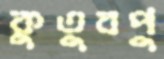
কুতুবপু